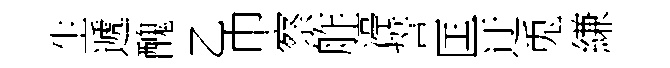
生遞醜乙巾察舴渟誓匡迂兎縑